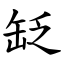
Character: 䍇